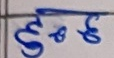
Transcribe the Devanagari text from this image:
हृडछ